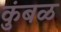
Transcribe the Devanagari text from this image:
कुंबळ